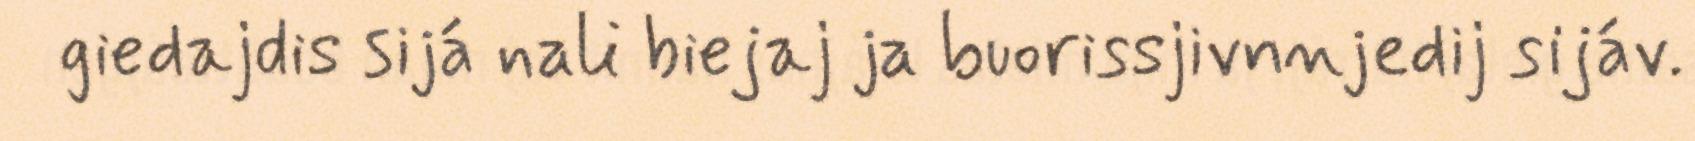
giedajdis sijá nali biejaj ja buorissjivnnjedij sijáv.